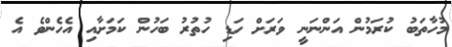
މުހާތަބު ކުރަމުން އަންނަނީ ވަރަށް ހަޑި ހުތުރު ބަހުން ކަމަށާއި އެހެންވެ އެ